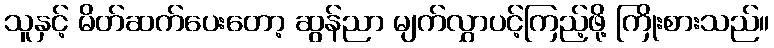
သူနှင့် မိတ်ဆက်ပေးတော့ ဆွန်ညာ မျက်လွှာပင့်ကြည့်ဖို့ ကြိုးစားသည်။